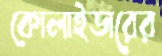
কোলাইডারের